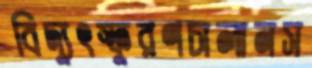
বিদ্যুৎস্ফুরণচালানস